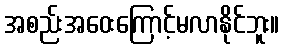
အစည်းအဝေးကြောင့်မလာနိုင်ဘူး။